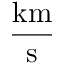
\frac { \mathrm { k m } } { \mathrm { s } }